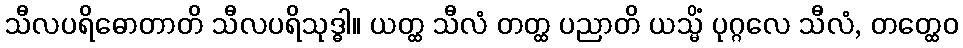
သီလပရိဓောတာတိ သီလပရိသုဒ္ဓါ။ ယတ္ထ သီလံ တတ္ထ ပညာတိ ယသ္မိံ ပုဂ္ဂလေ သီလံ, တတ္ထေဝ